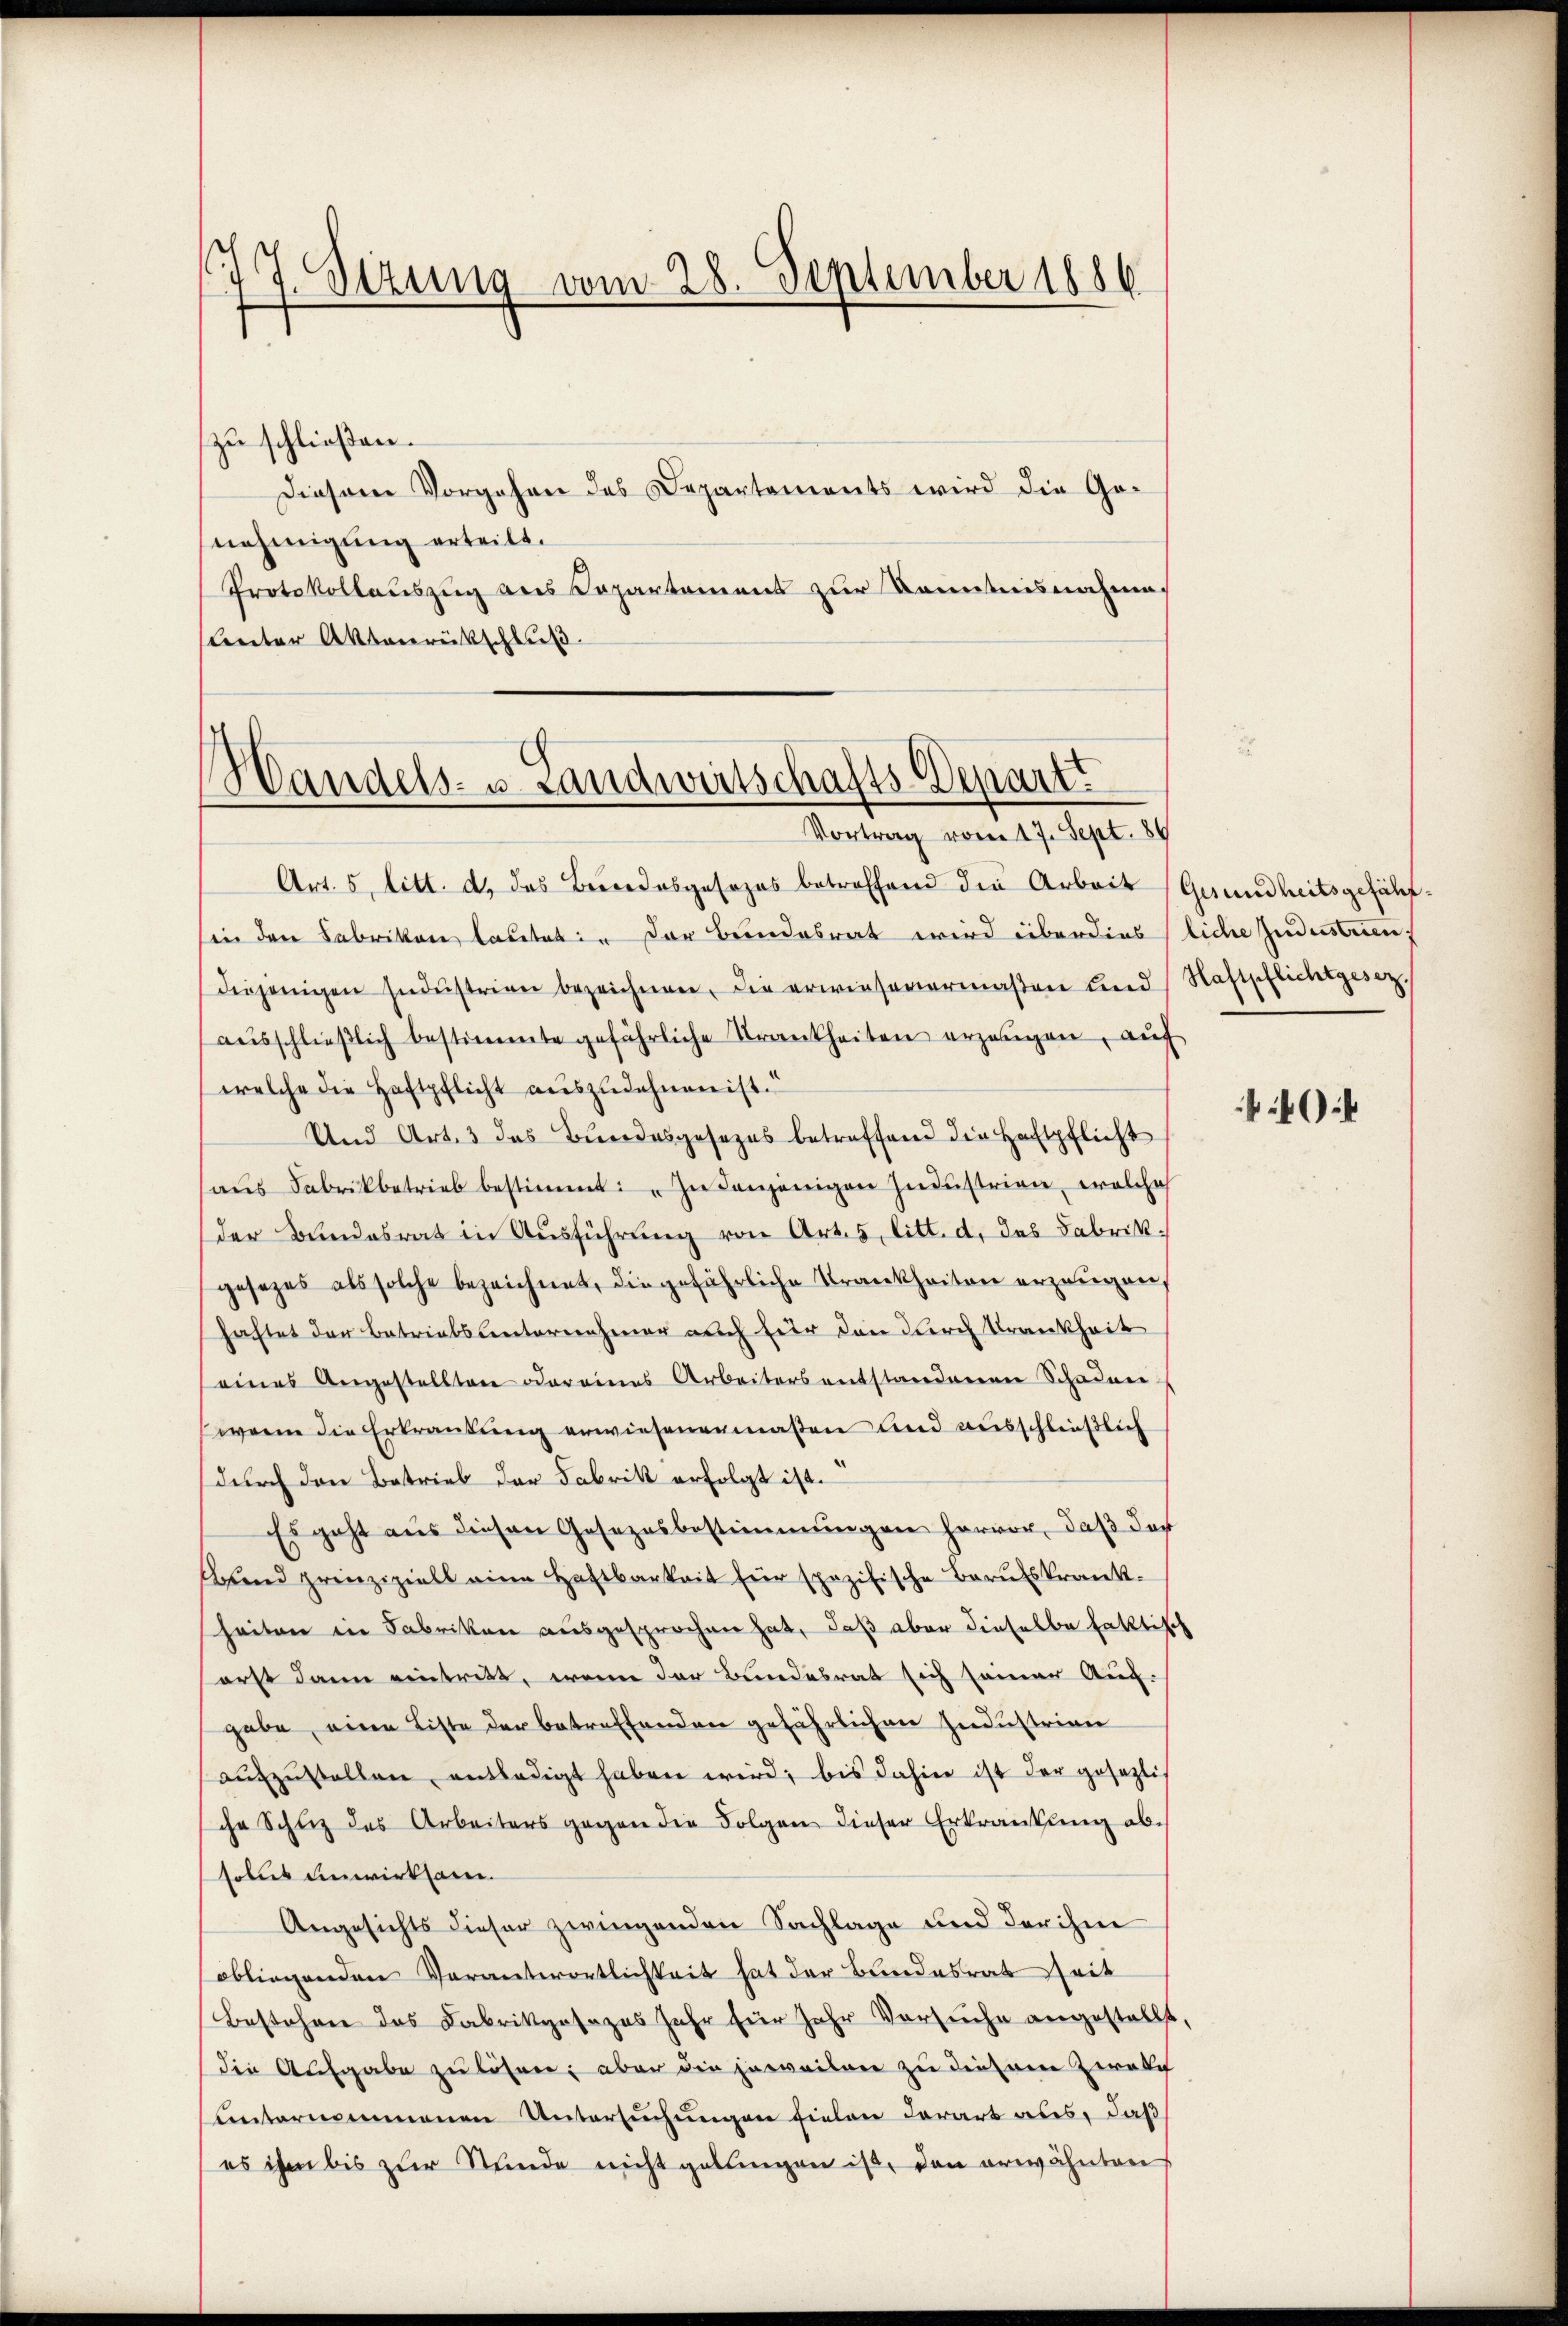
(77. Sezung vom 28. September 1886

zu schließen.
Diesem Vorgehen des Departements wird die Gonehmigung erteilt.
Protokollauszug aus Departement zur Kenntnisnahmen
Ceter Aktenrückschluß

Handels- u. Landwirtschafts-Departe
Vortrag vom 17. Sept. 84

Art. 5 litt. d. das Beredesgesezes betreffend die Arbeit (Grundheitsgefährsin den Fabrikon, lautet: Der Bundesrat wird überdies liche Jndustrien,
diejenigen Indŭstrien bezeichnen, die erwieserermaßen sind, Haftpflichtgesezaŭsschlieβlich bestimmte gefährliche Trankheiten erzeugen, aŭf
welche die Haftpflicht auszudehnen ist.“
Und Art. 3 das Bundesgesezes betreffend die Haftpflicht
aŭs Fabrikbetrieb bestimmt: „In denjenigen Industrien, welches
der Bundesrat in Ausführung von Art. 5 litt. d. das Fabrikgesezes als solche bezeichnet, die gefährliche Krankheiten erzeugen,
faftet der Betriebsunternehmer auch für den durch Krankheit
seines Angestellten oder eines Arbeiters entstandenen Schaden
wenn die Erkrankung erwiesenermaßen und ausschließlich
durch den Betrieb der Fabrik erfolgt ist.
Es geht aus diesen Gesezesbestimmungen hervor, daß das
ŭnd prinziziell eine Haftbarkeit für spezifische Barŭtskrank-
heiten in Fabrikon ausgesprochen hat, daß aber dieselbe faktisch
erst dann eintritt, wenn der Bundesrat sich seiner Auf-
gabe, eine Liste der betreffenden gefährlichen Industrian
aŭfzŭstellen entledigt haben wird, bis dahier ist der gesezliche Schutz des Arbeiters gegen die Folgen dieser Erkrankung absolut einwirksam.
Angesichts dieser zwingenden Sachlage und der ihm
obliegenden Verantwortlichkeit hat der Bundesrat Zeit
Bestehen das Fabrikgesages Jahr für Jahr Versuche angestellt,
die Ausgabe zu lösen; aber die jeweisen zu diesem Zweif
ŭnternommenen Untersŭchŭngen fielen derart aus, daß
es ihm bis zur Stunde nicht gelungen ist, den erwähnten

0